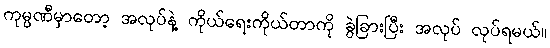
ကုမ္ပဏီမှာတော့ အလုပ်နဲ့ ကိုယ်ရေးကိုယ်တာကို ခွဲခြားပြီး အလုပ် လုပ်ရမယ်။